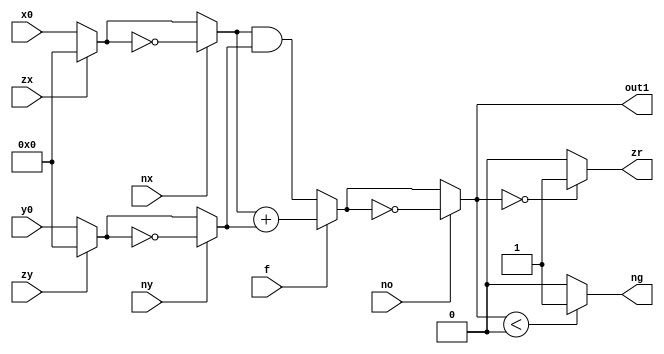
module ALU(
    input wire signed [15:0] x0,y0,
    input wire zx,nx,zy,ny,f,no,
    output wire signed [15:0] out1,
    output wire zr,ng
);
    wire signed [15:0] x1, x2;
    wire signed [15:0] y1, y2;
    wire signed [15:0] out0;
    
    assign x1 = zx ? 16'sh0000 : x0; 
    assign x2 = nx ? ~x1 : x1;

    assign y1 = zy ? 16'sh0000 : y0;
    assign y2 = ny ? ~y1 : y1;    

    assign out0 = f? x2 + y2 : x2 & y2;
    assign out1 = no? ~out0: out0;

    assign zr = (out1 == 16'sh0000) ? 1 : 0;
    assign ng = (out1 < 0) ? 1 : 0;

    // assign
    // function nagate[15:0] (
    //     input wire signed [15:0] a,
    //     input bool
    // );
    // begin
    //     case (bool)
    //         0: nagate = a;
    //         1: nagate = ~a;
    //         default: zero = 0;
    //     endcase
    // end 
    // endfunction

    // function [15:0] zero(
    //     input wire signed [15:0] a,
    //     input bool
    // );
    // begin
    //     case (bool)
    //         0: zero = a;
    //         1: zero = 0;
    //         default: zero = 0;
    //     endcase
    // end 
    // endfunction

    // function [15:0] func(
    //     input wire signed [15:0] a,b,
    //     input f
    //     );
    // begin
    //     case (f)
    //         0: func = a + b;
    //         1: func = a & b;
    //         default: func = 16'sh0000;
    //     endcase
    // end 
    // endfunction
endmodule